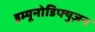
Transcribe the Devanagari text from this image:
इम्यूनोडिफ्युज़न